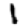
Digit: 1